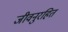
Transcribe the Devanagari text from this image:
जीवनुरहित